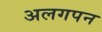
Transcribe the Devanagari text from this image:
अलगपन